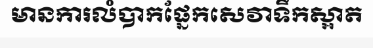
មានការលំបាកផ្នែកសេវាទឹកស្អាត